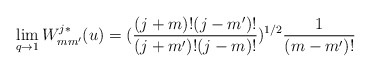
\begin{align*}\lim _{q\to 1}W^{j*}_{mm'}(u)=(\frac{(j+m)!(j-m')!}{ (j+m')!(j-m)!} )^{1/2}\frac{1}{(m-m')!}\end{align*}